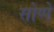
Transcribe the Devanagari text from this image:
सोप्पे